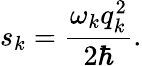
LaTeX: s_{k}=\frac{\omega_{k}q_{k}^{2}}{2\hbar}.